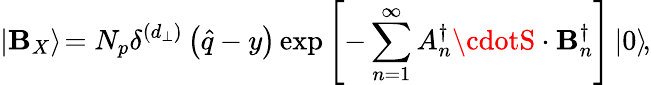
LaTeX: \left|\mathbf{B}_{X}\right\rangle\! =N_{p}\delta^{\left(d_{\bot}\right)}\left(\widehat{{q}}-y\right)\exp\left[-\sum_{n=1}^{\infty}A_{n}^{\dagger}\cdotS\cdot\mathbf{B}_{n}^{\dagger}\right]\left|0\right\rangle\! ,